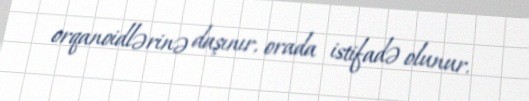
orqanoidlərinə daşınır, orada istifadə olunur.